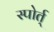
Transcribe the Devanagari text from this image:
स्पोर्त्